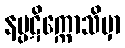
နပ္ပဋိက္ကောသိမှာ